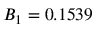
B _ { 1 } = 0 . 1 5 3 9